Lunatic asylums Central Provinces reports 1895-1909 - 1895-1909
Year: 1895
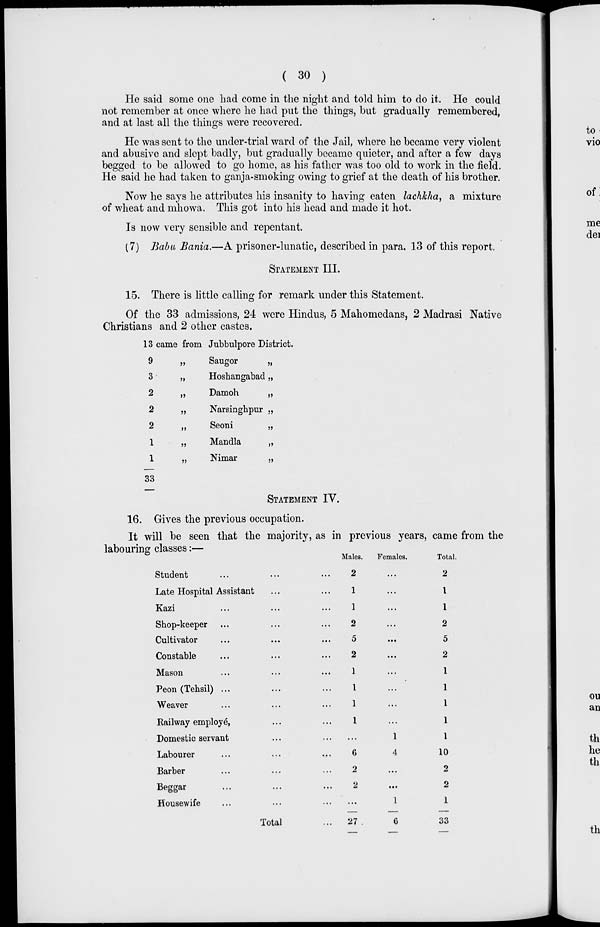
( 30 )
He said some one had come in the night and told him to do it. He could
not remember at once where he had put the things, but gradually remembered,
and at last all the things were recovered.
He was sent to the under-trial ward of the Jail, where he became very violent
and abusive and slept badly, but gradually became quieter, and after a few days
begged to be allowed to go home, as his father was too old to work in the field.
He said he had taken to ganja-smoking owing to grief at the death of his brother.
Now he says he attributes his insanity to having eaten lachkha, a mixture
of wheat and mhowa. This got into his head and made it hot.
Is now very sensible and repentant.
(7) Babu Bania.—A prisoner-lunatic, described in para. 13 of this report.
STATEMENT III.
15. There is little calling for remark under this Statement.
Of the 33 admissions, 24 were Hindus, 5 Mahomedans, 2 Madrasi Native
Christians and 2 other castes.
13 came from Jubbulpore District.
9 „
3 „
2 „
2 „
2 „
1 „
1 „
33
Saugor
„
Hoshangabad „
Damoh
„
Narsinghpur „
Seoni
„
Mandla
„
Nimar
„
STATEMENT IV.
16. Gives the previous occupation.
It will be seen that the majority, as in previous years, came from the
labouring classes :—
Student ... ... ...
Late Hospital Assistant ... ...
Kazi ... ... ...
Shop-keeper ... ... ...
Cultivator ... ... ...
Constable ... ... ...
Mason ... ... ...
Peon(Tehsil) ... ... ...
Weaver ... ... ...
Railway employé, ... ...
Domestic servant ... ...
Labourer ... ... ...
Barber ... ... ...
Beggar ... ... ...
Housewife ... ... ...
Total ...
Males.
2
1
1
2
5
2
1
1
1
1
...
6
2
2
...
27
Females.
...
...
...
...
...
...
...
...
...
...
1
4
...
...
1
6
Total.
2
1
1
2
5
2
1
1
1
1
1
10
2
2
1
33